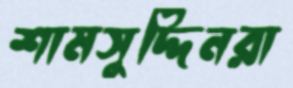
শামসুদ্দিনরা